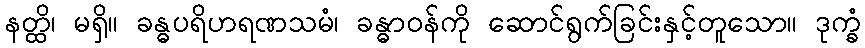
နတ္ထိ၊ မရှိ။ ခန္ဓပရိဟရဏသမံ၊ ခန္ဓာဝန်ကို ဆောင်ရွက်ခြင်းနှင့်တူသော။ ဒုက္ခံ